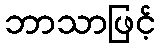
ဘာသာဖြင့်